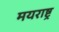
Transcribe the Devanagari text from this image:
मयराष्ट्र